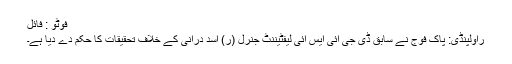
فوٹو : فائل
راولپنڈی: پاک فوج نے سابق ڈی جی آئی ایس آئی لیفٹیننٹ جنرل (ر) اسد درانی کے خلاف تحقیقات کا حکم دے دیا ہے۔